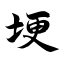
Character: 埂